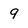
Character: 9